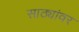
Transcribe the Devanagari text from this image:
साठ्यांवर